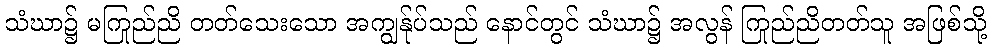
သံဃာ၌ မကြည်ညို တတ်သေးသော အကျွန်ုပ်သည် နောင်တွင် သံဃာ၌ အလွန် ကြည်ညိုတတ်သူ အဖြစ်သို့